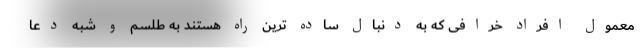
معمول افراد خرافی که به دنبال ساده ترین راه هستند به طلسم و شبه دعا